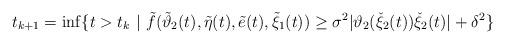
LaTeX: \begin{align*}&t_{k+1}=\inf\{t>t_{k}~|~\tilde{f}(\tilde{\vartheta}_{2}(t),\tilde{\eta}(t),\tilde{e}(t),\tilde{\xi}_{1}(t))\geq \sigma^{2}|\vartheta_{2}(\check{\xi}_{2}(t))\check{\xi}_{2}(t)|+\delta^{2}\}\\\end{align*}